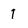
Character: 1